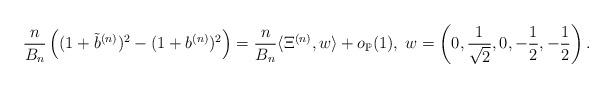
LaTeX: \begin{align*}\frac{n}{B_n}\left( (1+\tilde b^{(n)})^2 - (1+ b^{(n)})^2 \right)= \frac{n}{B_n}\langle \Xi^{(n)},w\rangle + o_{\mathbb P}(1),\; w= \left(0,\frac{1}{\sqrt{2}},0,-\frac{1}{2},-\frac{1}{2}\right).\end{align*}